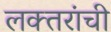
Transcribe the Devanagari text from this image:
लक्‍तरांची